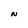
Character: N